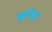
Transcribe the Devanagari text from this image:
बरोग